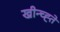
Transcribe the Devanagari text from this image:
खीन्च्ह्ते